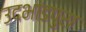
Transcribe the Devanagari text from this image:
उदभांडपुरा